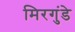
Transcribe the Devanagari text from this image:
मिरगुंडे